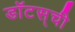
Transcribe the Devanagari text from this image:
डॉटस्‌ची